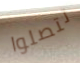
تتصلوا